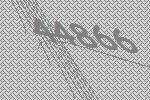
44866